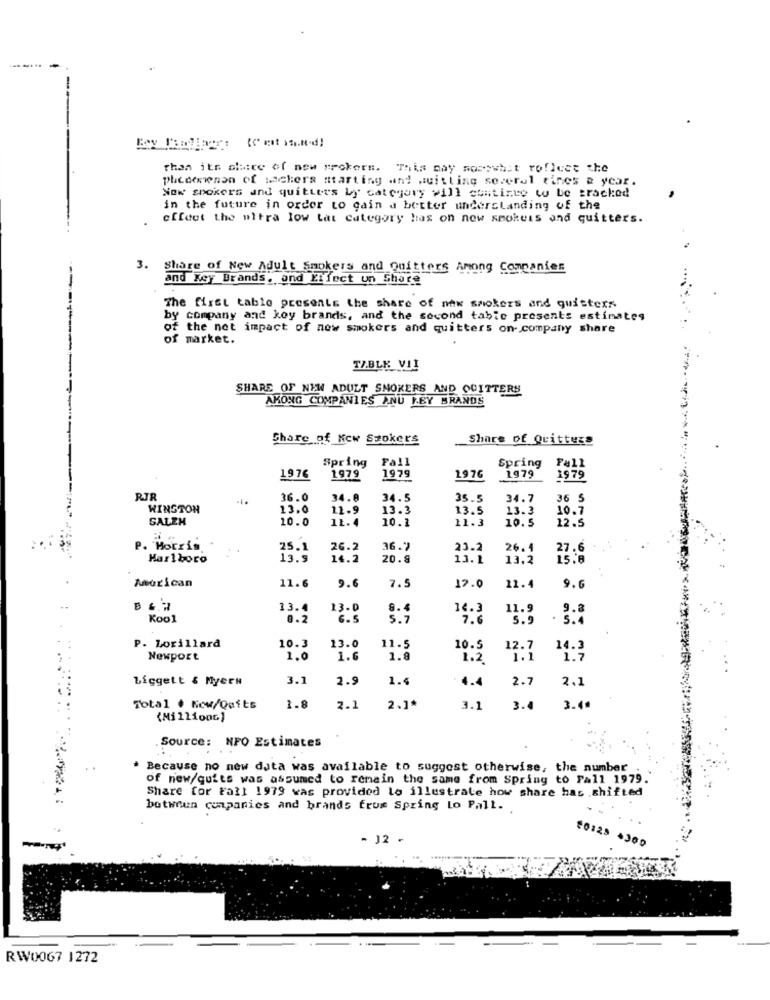
-
than its slice of new meckern. This may somewhat reflect the
puedesienon of Mackers starting and weitling several tines & year.
Now spokers and quitters by category will continue to be tracked
in the future in order to gain a better understanding of the
cffeet the ultra low tat category has on new smokuis and quitters.
3. Share of New Adult Smokers and Quitters Among Companies
--
and Key Brands, and Effect un Shace
The first table presents the share of new smokers and quisters
by company and key brands, and the second table presents estimates
of the net impact of new smokers and quitters on- company share
of market.
TABLK VII
SHARE OF NEW ADULT SMOKERS AND QUITTERS
AKONG COMPANIES AND KEY BRANDS
Share of New Szokers
Share of Quittezs
Spring
Fall
1979
Spring
1979
Fall
1976
1979
1976
1979
RIR
36.0
34.8
34.5
35.5
34.7
36 5
WINSTON
13.0
11.9
13.3
13.5
13.3
10.7
SALEH
10.0
11.4
10.1
11.3
10.5
12.5
P. Morris
25.1
26.2
36.7
23.2
26.4
27.6
Har1boro
13.9
14.2
20.9
13.1
13.2
15.8
American
11.6
9.6
7.5
12.0
12.4
9.0
13.4
13.0
8.4
14.3
11.9
Kool
6.5
5 .7
7.6
5.9
P. Lorillard
10.3
13.0
11.5
10.5
12.7
Newport
1.0
1.6
1.8
1.2
1.1
Liggett & Myers
3.1
2.9
1.4
4.
2.7
Total + New/Quits
1.8
2.1
2.1*
3.1
3.4
3.40
{MillionG)
Source: NPO Estimates
Because no new data was available to suggest otherwise, the number
of new/quits was assumed to remain the same from Spring to Fall 1979.
Share for Fall 1979 was provided lo illustrate how share has .shifted
botwoun companies and brands from Spring Lo Pall.
- J2 -
20128 +300
RW0067 1272